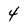
Character: 4